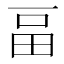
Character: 畐